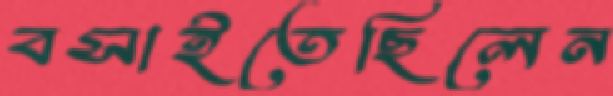
বসাইতেছিলেন